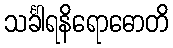
သင်္ခါရနိရောဓောတိ